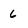
Character: 6